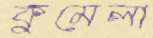
কুমেলা